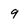
Character: 9